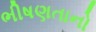
ભીષણતાનો